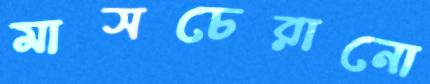
মাসচেরানো